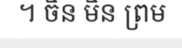
។ ចិន មិន ព្រម